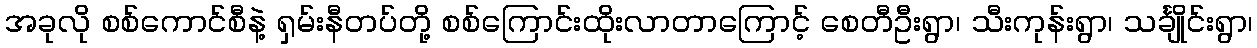
အခုလို စစ်ကောင်စီနဲ့ ရှမ်းနီတပ်တို့ စစ်ကြောင်းထိုးလာတာကြောင့် စေတီဦးရွာ၊ သီးကုန်းရွာ၊ သင်္ချိုင်းရွာ၊